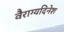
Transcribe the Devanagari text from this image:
वैराग्यदिनेश